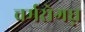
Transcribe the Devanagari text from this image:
चर्मरोगघ्न